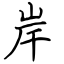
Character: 岸